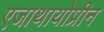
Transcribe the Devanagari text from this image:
एजाथायोप्रीन